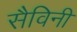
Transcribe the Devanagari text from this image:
सैविनी